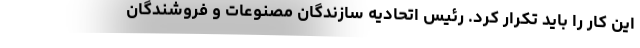
این کار را باید تکرار کرد. رئیس اتحادیه سازندگان مصنوعات و فروشندگان